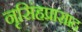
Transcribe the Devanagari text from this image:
नृसिंहप्रासाद